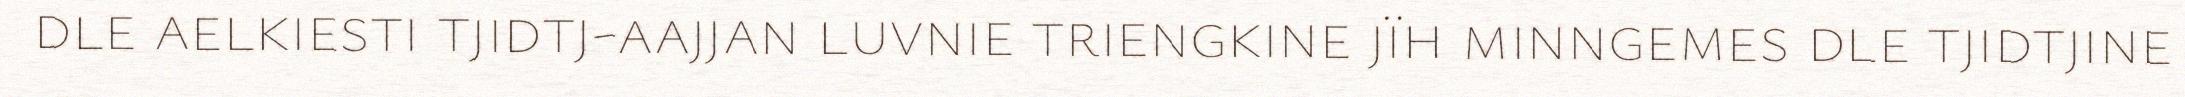
dle aelkiesti tjidtj-aajjan luvnie triengkine jïh minngemes dle tjidtjine